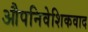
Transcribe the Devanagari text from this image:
औपनिवेशिकवाद